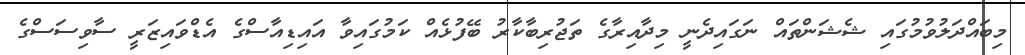
މިބައްދަލުވުމުގައި ޝެޝަންތައް ނަގައިދެނީ މިދާއިރާގެ ތަޖުރިބާކާރު ބޭފުޅެއް ކަމުގައިވާ އައިޑިއާސްގެ އެޑްވައިޒަރީ ސާވިސަސްގެ